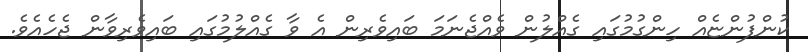
ކުންފުންޏެއް ހިންގުމުގައި ގެއްލުން ވެއްޖެނަމަ ބައިވެރިން އެ ވާ ގެއްލުމުގައި ބައިވެރިވާން ޖެހެއެވެ.